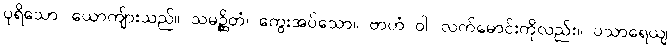
ပုရိသော၊ ယောကျ်ားသည်။ သမဉ္ဆိတံ၊ ကွေးအပ်သော။ ဗာဟံ ဝါ၊ လက်မောင်းကိုလည်း။ ပသာရေယျ